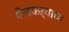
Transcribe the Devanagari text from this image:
शेतकऱ्याचा